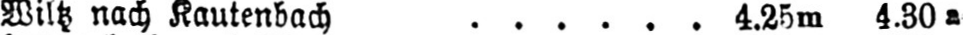
Wiltz nach Kautenbach ...... 4.25m 4.30a